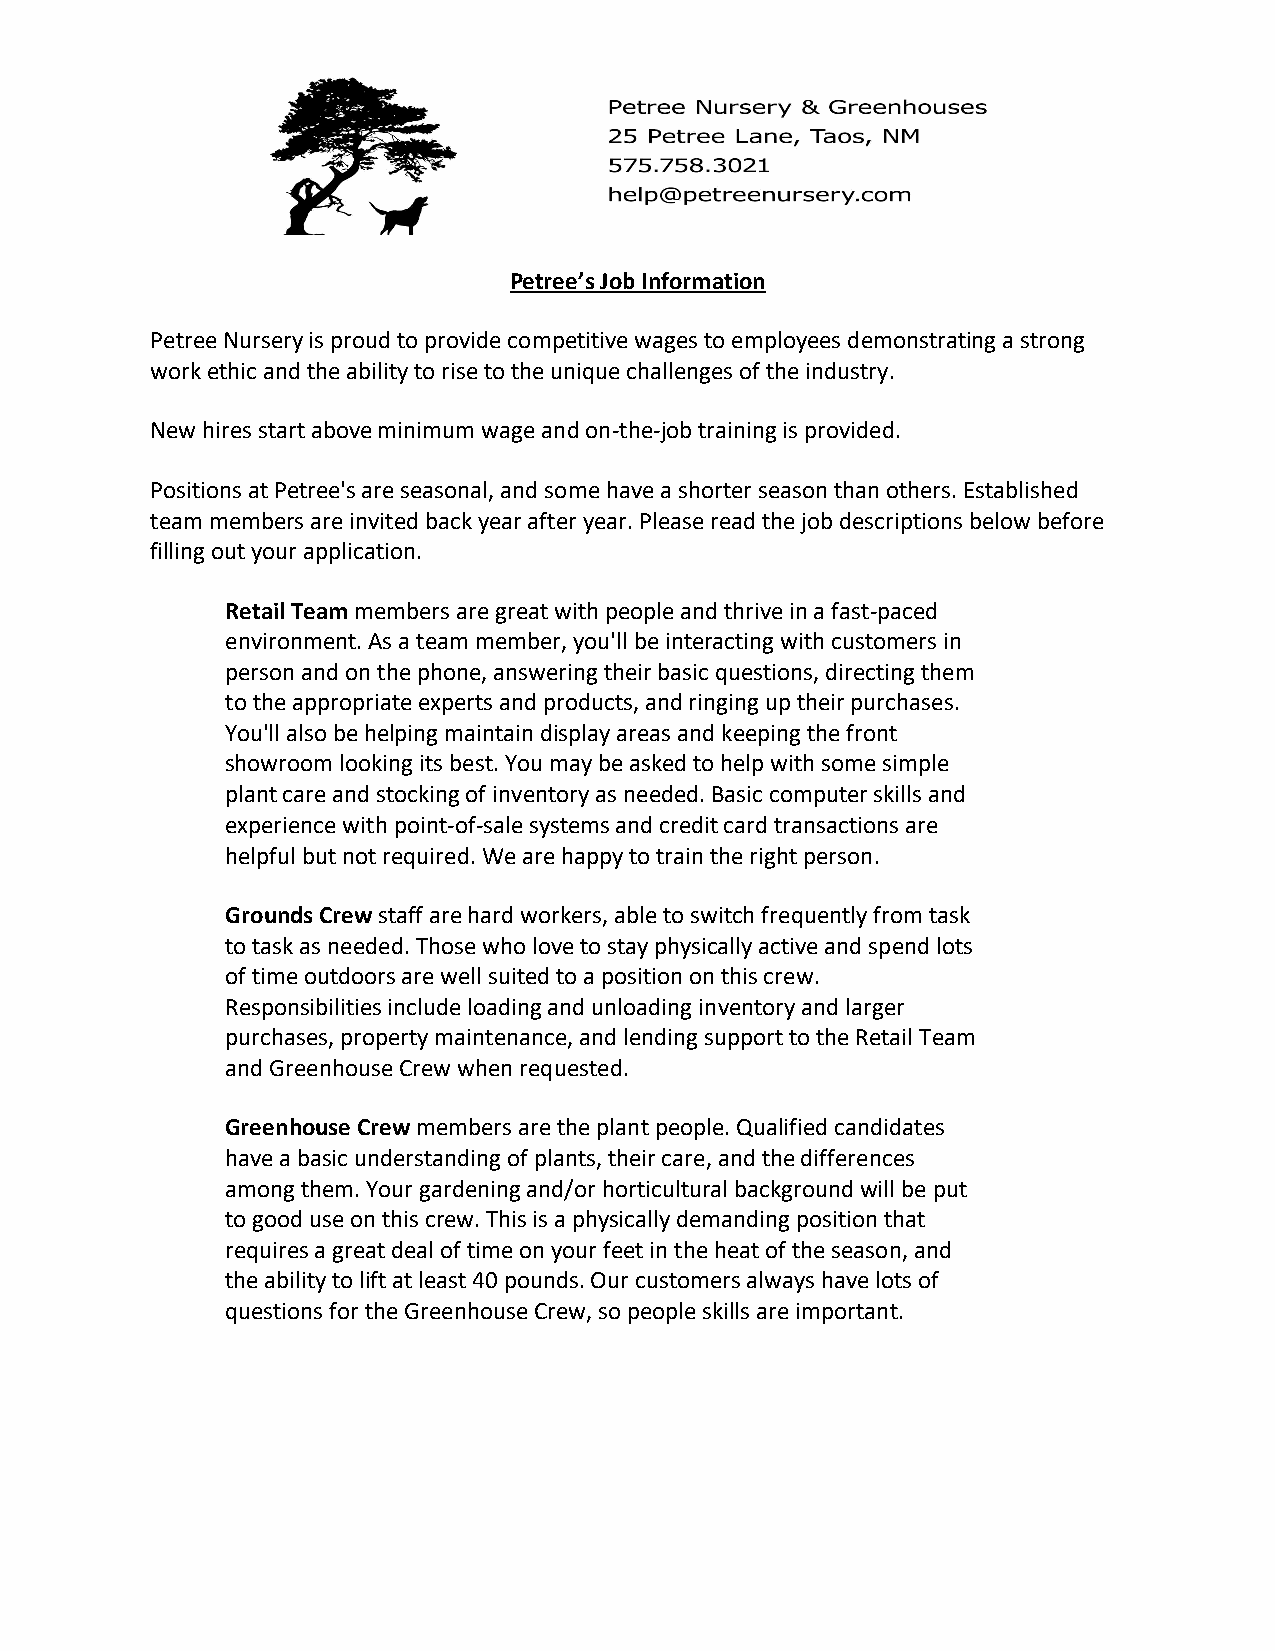
Petree’s Job Information
 Petree Nursery is proud to provide competitive wages to employees demonstrating a strong
 work ethic and the ability to rise to the unique challenges of the industry.
 New hires start above minimum wage and on-the-job training is provided.
 Positions at Petree's are seasonal, and some have a shorter season than others. Established
 team members are invited back year after year. Please read the job descriptions below before
 filling out your application.
 Retail Team members are great with people and thrive in a fast-paced
 environment. As a team member, you'll be interacting with customers in
 person and on the phone, answering their basic questions, directing them
 to the appropriate experts and products, and ringing up their purchases.
 You'll also be helping maintain display areas and keeping the front
 showroom looking its best. You may be asked to help with some simple
 plant care and stocking of inventory as needed. Basic computer skills and
 experience with point-of-sale systems and credit card transactions are
 helpful but not required. We are happy to train the right person.
 Grounds Crew staff are hard workers, able to switch frequently from task
 to task as needed. Those who love to stay physically active and spend lots
 of time outdoors are well suited to a position on this crew.
 Responsibilities include loading and unloading inventory and larger
 purchases, property maintenance, and lending support to the Retail Team
 and Greenhouse Crew when requested.
 Greenhouse Crew members are the plant people. Qualified candidates
 have a basic understanding of plants, their care, and the differences
 among them. Your gardening and/or horticultural background will be put
 to good use on this crew. This is a physically demanding position that
 requires a great deal of time on your feet in the heat of the season, and
 the ability to lift at least 40 pounds. Our customers always have lots of
 questions for the Greenhouse Crew, so people skills are important.